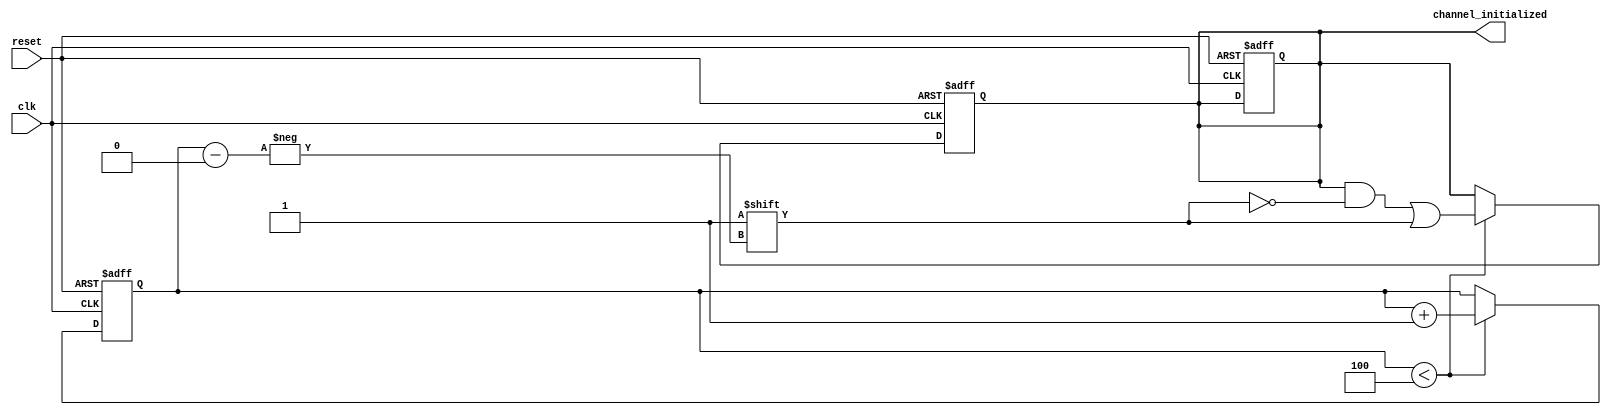
module MultiChannelInit #(
    parameter CHANNEL_COUNT = 4 // You can change this parameter to set the number of channels
)(
    input wire reset,
    input wire clk,
    output reg [CHANNEL_COUNT-1:0] channel_initialized
);

    // Internal States
    reg [CHANNEL_COUNT-1:0] initialized; // Flag for each channel
    reg [3:0] count; // Counter to track number of initialized channels (assumes CHANNEL_COUNT <= 16)

    // Initialization Process
    always @(posedge clk or posedge reset) begin
        if (reset) begin
            // Reset all channels
            initialized <= {CHANNEL_COUNT{1'b0}}; // Set all to 0
            count <= 0; // Reset count
            channel_initialized <= {CHANNEL_COUNT{1'b0}}; // Reset output
        end else begin
            // Clock-driven Initialization
            if (count < CHANNEL_COUNT) begin
                // Initialize next channel
                initialized[count] <= 1'b1; // Set initialized flag for current count
                count <= count + 1; // Increment count
            end
        end
    end

    // Update the output based on initialized flags
    always @(*) begin
        channel_initialized = initialized; // Pass initialized statuses to output
    end

endmodule